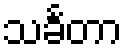
သင်္ခတာ